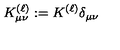
K _ { \mu \nu } ^ { ( \ell ) } : = K ^ { ( \ell ) } \delta _ { \mu \nu }